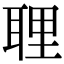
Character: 𦕸